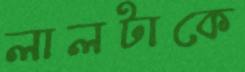
লালটাকে